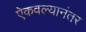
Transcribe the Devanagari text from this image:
ऐकवल्यानंतर